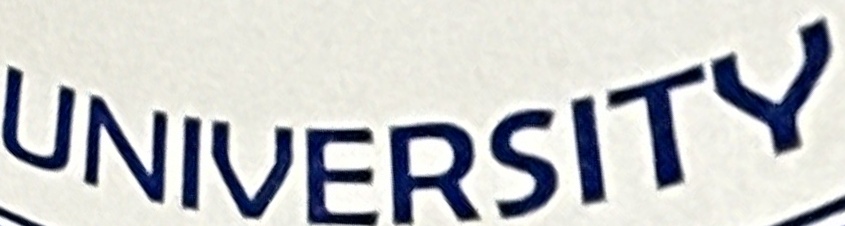
UNIVERSITY